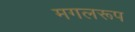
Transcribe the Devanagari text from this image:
मगलरूप